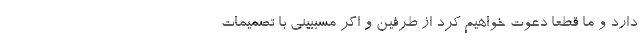
دارد و ما قطعاً دعوت خواهیم کرد از طرفین و اگر مسببینی با تصمیمات